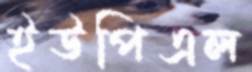
ইউপিএল